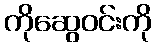
ကိုဆွေဝင်းကို